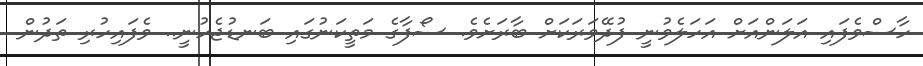
ހާސްވެފައި އަލަންއަށް އަހަލެވުނީ ފުދޭވަރަކަށް ބާރަށެވެ. ސޯފާގެ މަތީކަނުގައި ބަނޑުޖެހުނީ.. ވެފައިހުރި ތަދުން